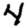
Digit: 4